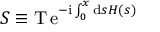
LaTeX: S \equiv \mathrm { T \, e } ^ { - \mathrm { i } \int _ { 0 } ^ { x } \mathrm { d } s H ( s ) }